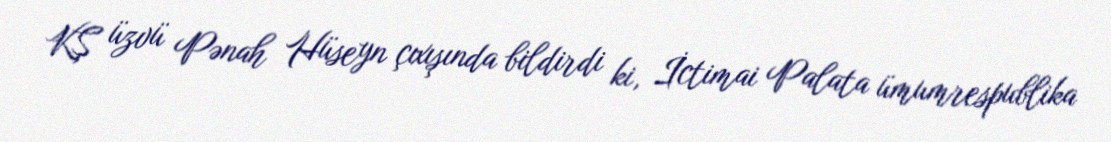
KŞ üzvü Pənah Hüseyn çıxışında bildirdi ki, İctimai Palata ümumrespublika